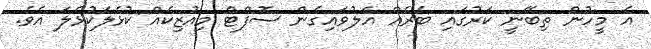
އެ މީހުން ތިބޭނީ ކަރުގައި ބެރެއް އެލުވައިގެން ސޮފްޓް މިއުޒިކެއް ކުޅެލަކުޅެލަ އެވެ.